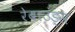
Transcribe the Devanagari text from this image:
रेबाउंड्स